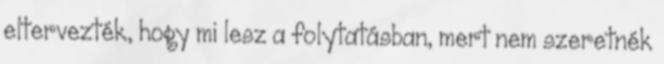
eltervezték, hogy mi lesz a folytatásban, mert nem szeretnék